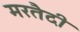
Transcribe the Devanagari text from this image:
मरतैदी